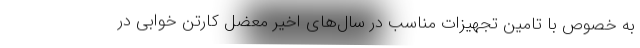
به خصوص با تامین تجهیزات مناسب در سال‌های اخیر معضل کارتن خوابی در